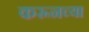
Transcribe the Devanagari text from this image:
करूनच्या